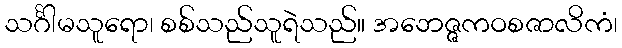
သင်္ဂါမသူရော၊ စစ်သည်သူရဲသည်။ အဘေဇ္ဇကဝစဇာလိကံ၊